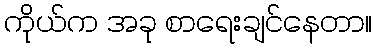
ကိုယ်က အခု စာရေးချင်နေတာ။